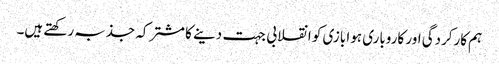
ہم کارکردگی اور کاروباری ہوا بازی کو انقلابی جہت دینے کا مشترکہ جذبہ رکھتے ہیں۔